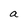
Character: a